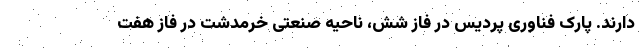
دارند. پارک فناوری پردیس در فاز شش، ناحیه صنعتی خرمدشت در فاز هفت